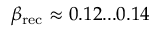
\beta _ { \mathrm { r e c } } \approx 0 . 1 2 . . . 0 . 1 4